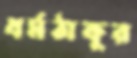
ধর্মঠাকুর